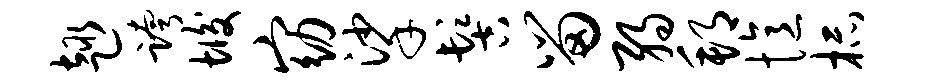
趣跨垢窈挲髻留弱邦忆杯